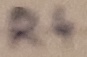
Text: R4